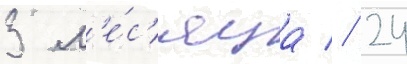
3 м'е́с'яца // 24